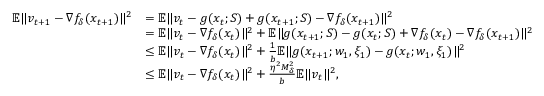
\begin{array} { r l } { { \mathbb { E } } \Vert v _ { t + 1 } - \nabla f _ { \delta } ( x _ { t + 1 } ) \Vert ^ { 2 } } & { = { \mathbb { E } } \Vert v _ { t } - g ( x _ { t } ; S ) + g ( x _ { t + 1 } ; S ) - \nabla f _ { \delta } ( x _ { t + 1 } ) \Vert ^ { 2 } } \\ & { = { \mathbb { E } } \Vert v _ { t } - \nabla f _ { \delta } ( x _ { t } ) \Vert ^ { 2 } + { \mathbb { E } } \Vert g ( x _ { t + 1 } ; S ) - g ( x _ { t } ; S ) + \nabla f _ { \delta } ( x _ { t } ) - \nabla f _ { \delta } ( x _ { t + 1 } ) \Vert ^ { 2 } } \\ & { \le { \mathbb { E } } \Vert v _ { t } - \nabla f _ { \delta } ( x _ { t } ) \Vert ^ { 2 } + \frac { 1 } { b } { \mathbb { E } } \Vert g ( x _ { t + 1 } ; w _ { 1 } , \xi _ { 1 } ) - g ( x _ { t } ; w _ { 1 } , \xi _ { 1 } ) \Vert ^ { 2 } } \\ & { \le { \mathbb { E } } \Vert v _ { t } - \nabla f _ { \delta } ( x _ { t } ) \Vert ^ { 2 } + \frac { \eta ^ { 2 } M _ { \delta } ^ { 2 } } { b } { \mathbb { E } } \Vert v _ { t } \Vert ^ { 2 } , } \end{array}